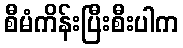
စီမံကိန်းပြီးစီးပါက